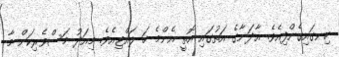
ހިނގައިގެންފިއެވެ. އާދަނާގެ އަތުގައި އޮތީ އެންމެ ހަ ލައްޓިއެވެ. މިއަދު މަސްވެރިކަން މާ